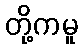
တို့ကမူ